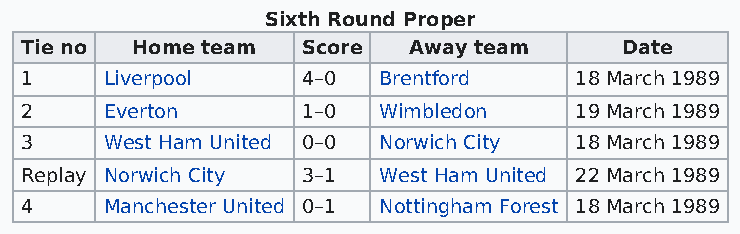
Sixth Round Proper
 Tie no  Home team  Score  Away team     Date
 1     Liverpool    4–0  Brentford    18 March 1989
 2     Everton      1–0  Wimbledon    19 March 1989
 3     West Ham United 0–0 Norwich City 18 March 1989
 Replay Norwich City 3–1 West Ham United 22 March 1989
 4     Manchester United 0–1 Nottingham Forest 18 March 1989